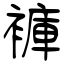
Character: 褲